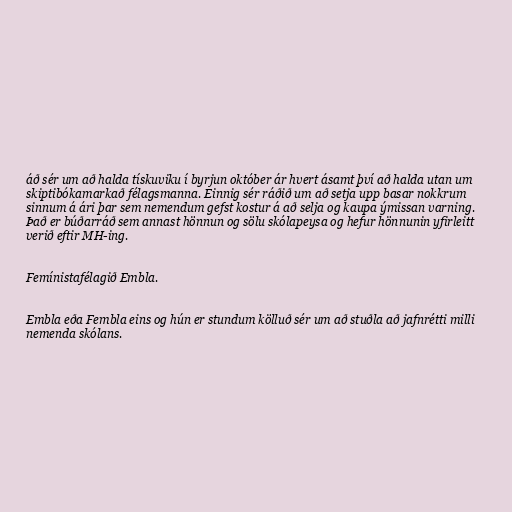
áð sér um að halda tískuviku í byrjun október ár hvert ásamt því að halda utan um
skiptibókamarkað félagsmanna. Einnig sér ráðið um að setja upp basar nokkrum
sinnum á ári þar sem nemendum gefst kostur á að selja og kaupa ýmissan varning.
Það er búðarráð sem annast hönnun og sölu skólapeysa og hefur hönnunin yfirleitt
verið eftir MH-ing.

Femínistafélagið Embla.

Embla eða Fembla eins og hún er stundum kölluð sér um að stuðla að jafnrétti milli
nemenda skólans.